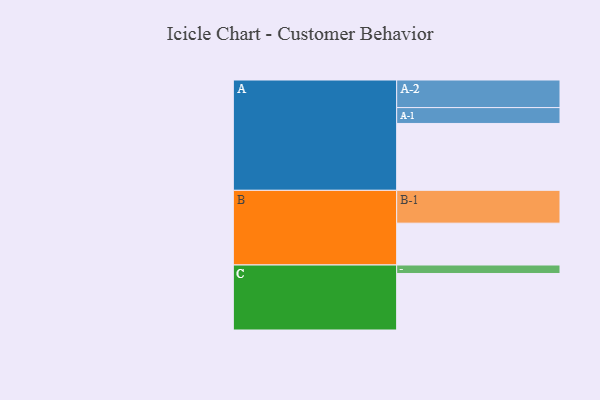
{"axis": {"x": "Segment", "y": "Value"}, "legend": ["", "A", "B", "C"], "data": [{"x": "A", "y": 497, "type": ""}, {"x": "B", "y": 311, "type": ""}, {"x": "C", "y": 420, "type": ""}, {"x": "A-1", "y": 118, "type": "A"}, {"x": "A-2", "y": 205, "type": "A"}, {"x": "B-1", "y": 244, "type": "B"}, {"x": "C-1", "y": 63, "type": "C"}]}